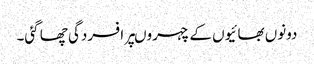
دونوں بھائیوں کے چہروںپر افسردگی چھا گئی۔